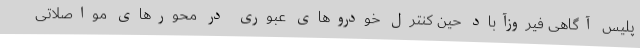
پلیس آگاهی فیروزآباد حین کنترل خودروهای عبوری در محورهای مواصلاتی